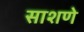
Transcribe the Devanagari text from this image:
साशणे